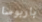
باربوسا